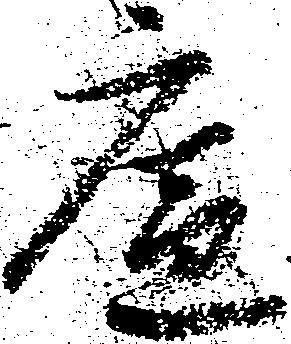
廉